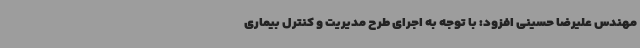
مهندس علیرضا حسینی افزود: با توجه به اجرای طرح مدیریت و کنترل بیماری